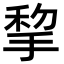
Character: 𢮃